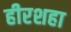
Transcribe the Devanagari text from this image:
हीरशहा